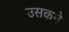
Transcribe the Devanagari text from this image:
उसकने